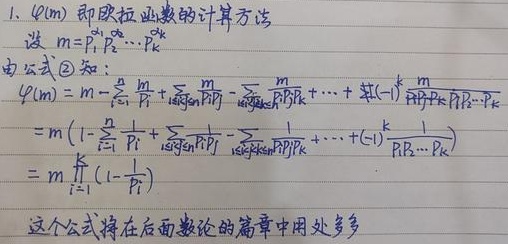
1. $\varphi(m)$即欧拉函数的计算方法
设$m = p_1^{\alpha_1}p_2^{\alpha_2}\cdots p_k^{\alpha_k}$。由公式\textcircled{2}知：
\[
\begin{align*}
\varphi(m)&=m - \sum_{i = 1}^{k}\frac{m}{p_i}+\sum_{1\leq i<j\leq k}\frac{m}{p_ip_j}-\sum_{1\leq i<j<k\leq k}\frac{m}{p_ip_jp_k}+\cdots+(-1)^{k}\frac{m}{p_1p_2\cdots p_k}\\
&=m\left(1 - \sum_{i = 1}^{k}\frac{1}{p_i}+\sum_{1\leq i<j\leq k}\frac{1}{p_ip_j}-\sum_{1\leq i<j<k\leq k}\frac{1}{p_ip_jp_k}+\cdots+(-1)^{k}\frac{1}{p_1p_2\cdots p_k}\right)\\
&=m\prod_{i = 1}^{k}\left(1-\frac{1}{p_i}\right)
\end{align*}
\]
这个公式将在后面数论的篇章中用处多多。